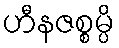
ဟီနဇစ္စမ္ပိ